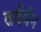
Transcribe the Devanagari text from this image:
तर्गर्यन